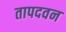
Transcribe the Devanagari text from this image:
तापदवन